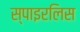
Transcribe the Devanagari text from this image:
स्पाइरलिस